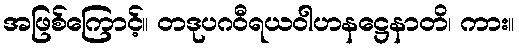
အဖြစ်ကြောင့်။ တဒုပဂဝီရယဝါဟနဋ္ဌေနာတိ၊ ကား။